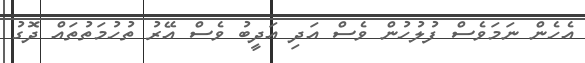
އެހެން ނަމަވެސް ފުލުހުން ވެސް އަދި އަދީބު ވެސް އޭރު ތުހުމަތުތައް ދޮގު